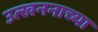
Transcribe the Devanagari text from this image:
उत्खननाच्या